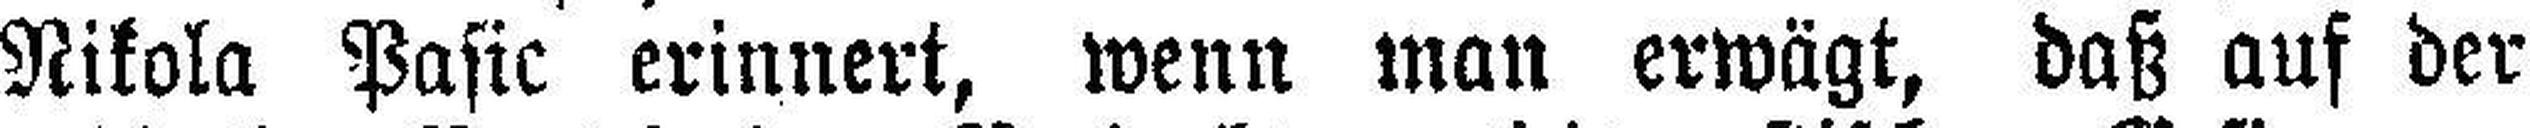
Nikola Pasic erinnert, wenn man erwägt, daß auf der